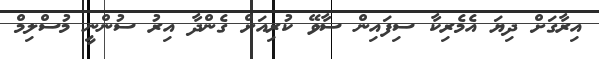
އިރާގަށް ދިޔަ އެމެރިކާ ސިފައިން ސާވޭ ކުރިއަށް ގެންދާ އިރު ސުންނީ މުސްލިމް